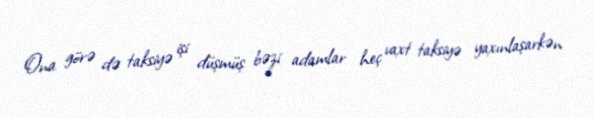
Ona görə də taksiyə işi düşmüş bəzi adamlar heç vaxt taksiyə yaxınlaşarkən